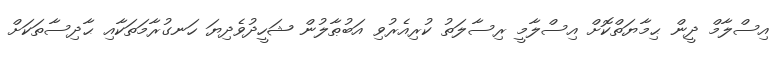
އިސްލާމް ދީން ޙިމާޔަތްކޮށް އިސްލާމީ ރިސާލަތު ކުރިއެރުވި އަބުޠާލުން ޝަހީދުވެދިޔަ ހަނގުރާމަތަކާއި ޙާދިސާތަކަށް